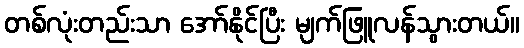
တစ်လုံးတည်းသာ အော်နိုင်ပြီး မျက်ဖြူလန်သွားတယ်။